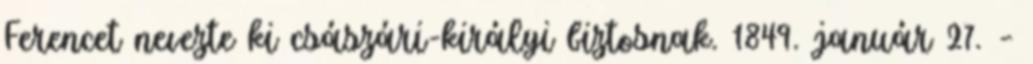
Ferencet nevezte ki császári-királyi biztosnak. 1849. január 27. –